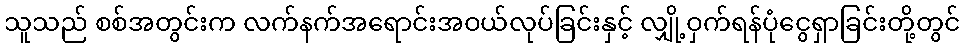
သူသည် စစ်အတွင်းက လက်နက်အရောင်းအဝယ်လုပ်ခြင်းနှင့် လျှို့ဝှက်ရန်ပုံငွေရှာခြင်းတို့တွင်